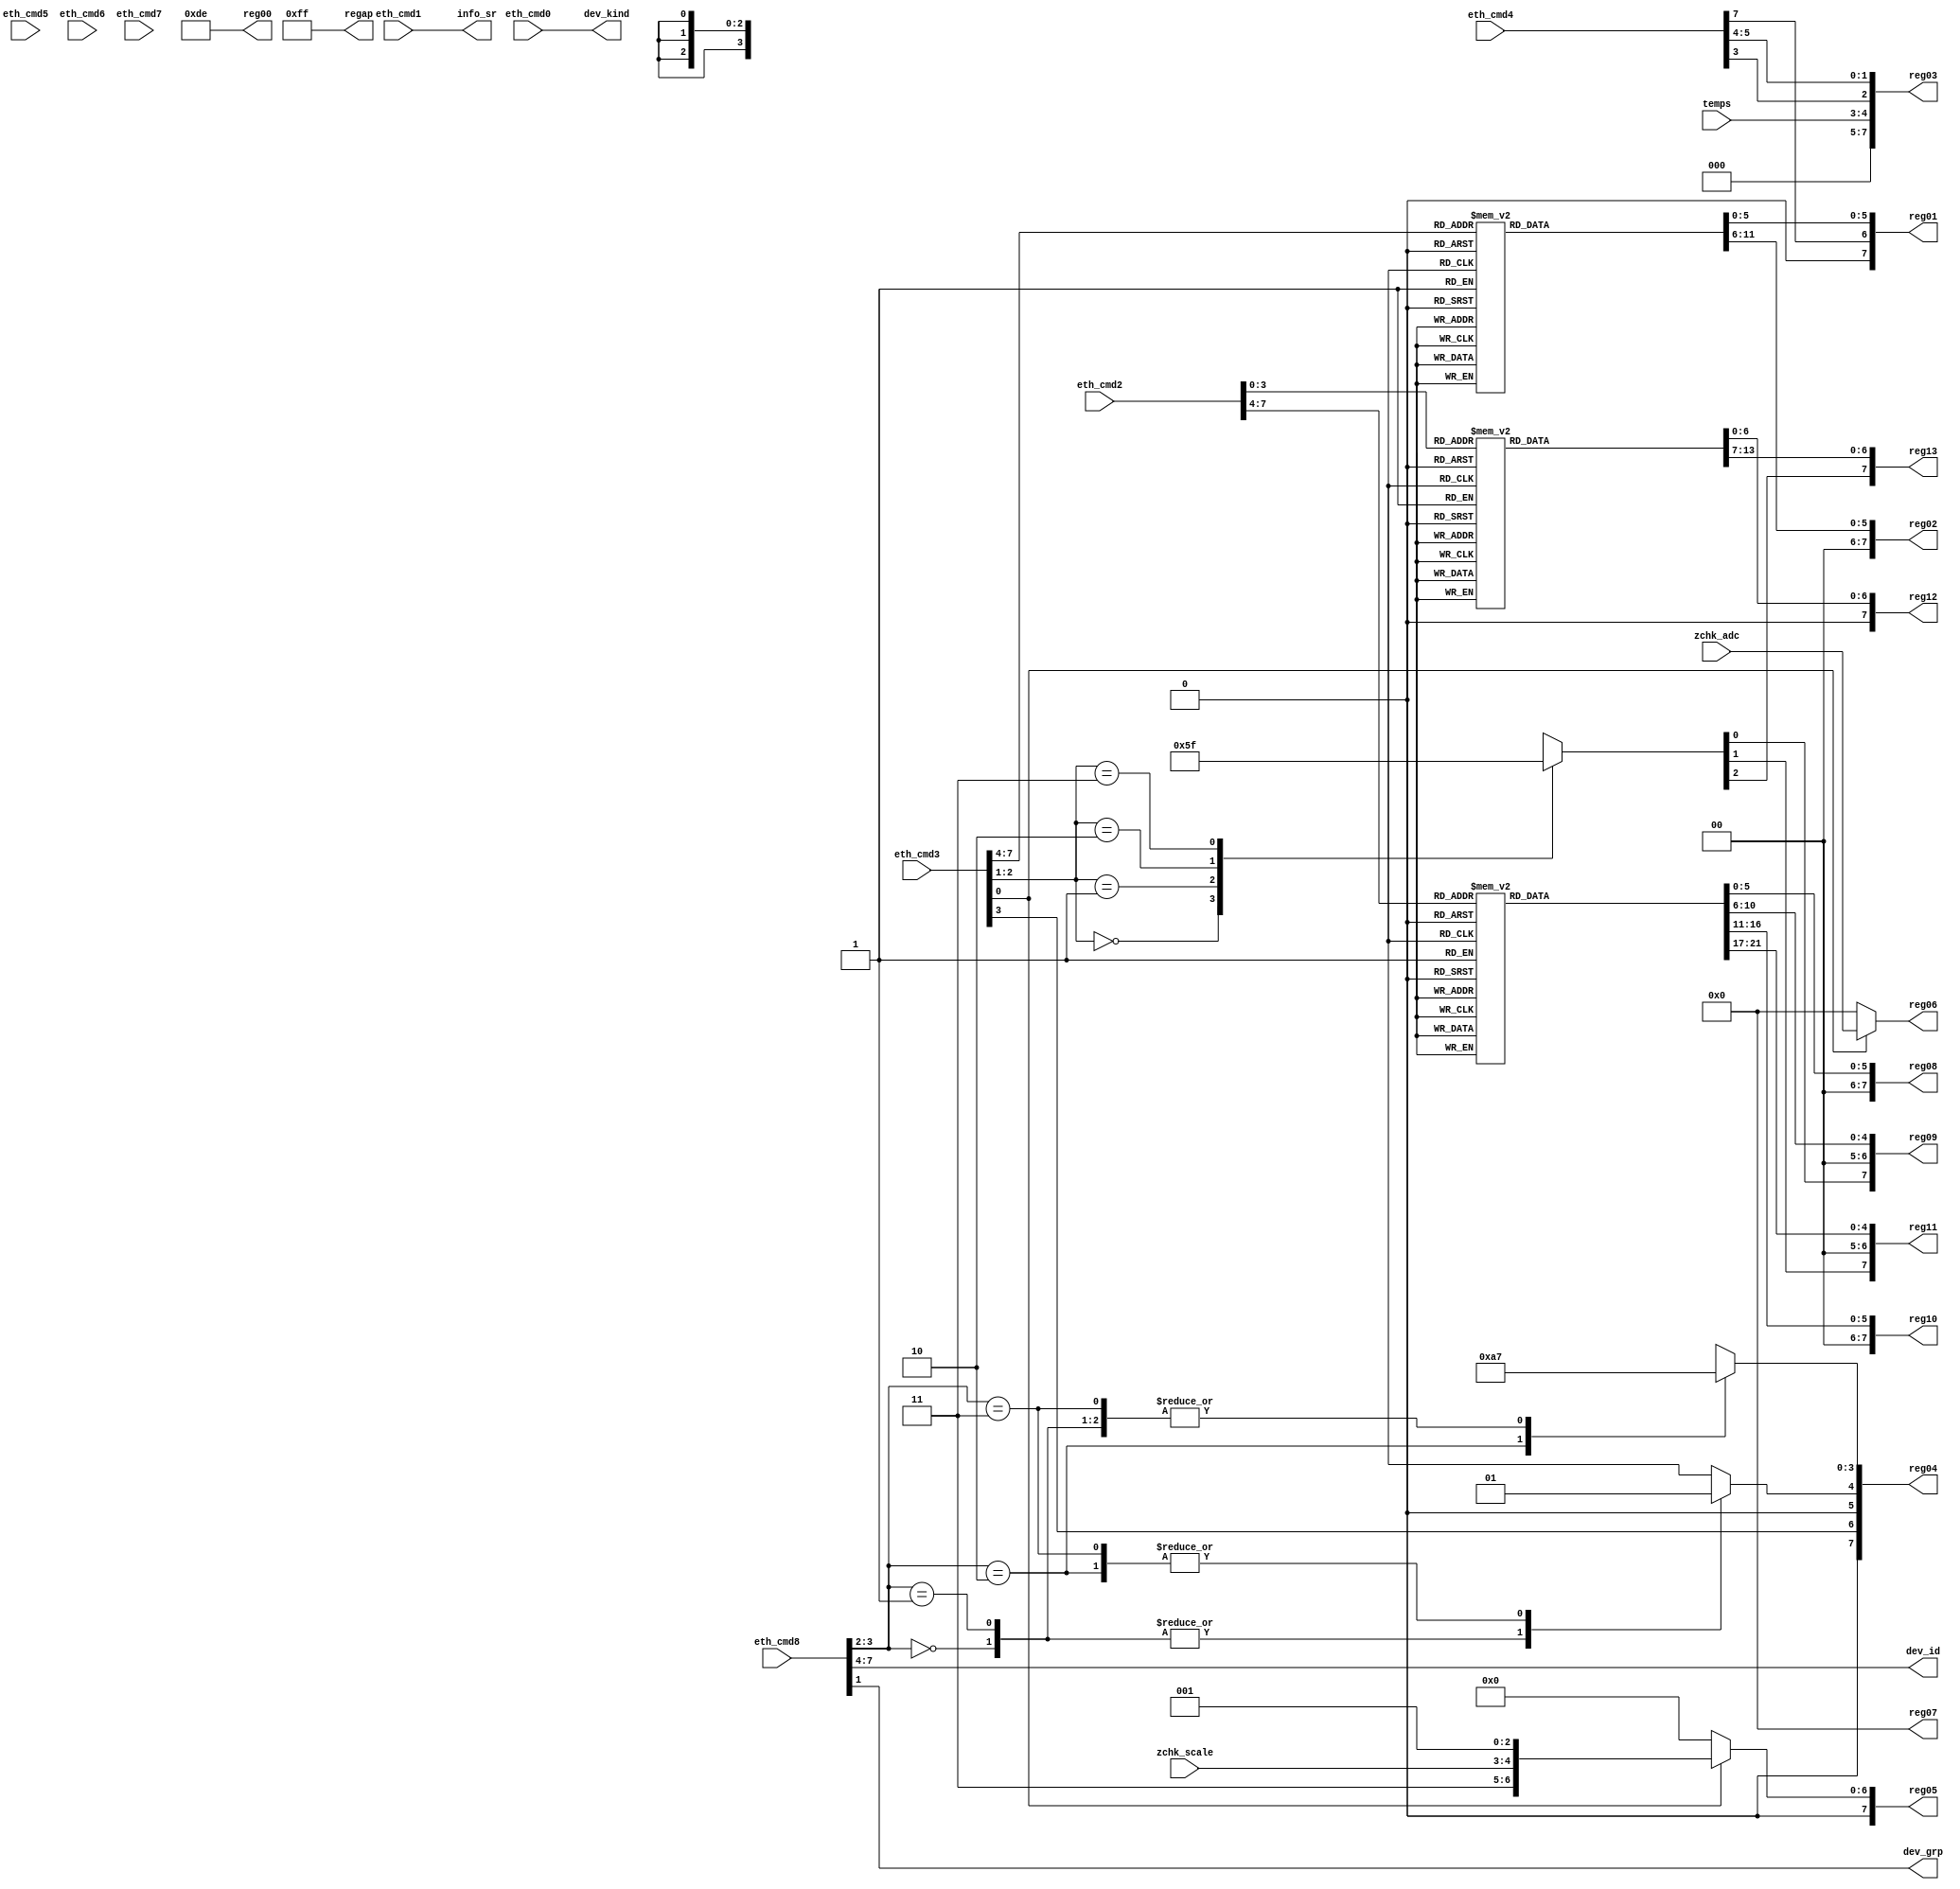
module cs_reg( // TEST_DONE
    input [7:0] eth_cmd0,
    input [7:0] eth_cmd1,
    input [7:0] eth_cmd2, // [7:4] UPPER_BW [3:0] LOWER_BW
    input [7:0] eth_cmd3, // [7:4] ADC_OPT  3 DataCode      [2:1] Din     0 T/N
    input [7:0] eth_cmd4, // 7 Power_Sensor [5:4] Dout      3 Temp_Sensor
    input [7:0] eth_cmd5,
    input [7:0] eth_cmd6,
    input [7:0] eth_cmd7,
    input [7:0] eth_cmd8, // [7:4] ID       [3:2] HP Filter 1 Grp

    input [1:0] temps,
    input [7:0] zchk_adc,
    input [1:0] zchk_scale,

    output [7:0] reg00,
    output [7:0] reg01,
    output [7:0] reg02,
    output [7:0] reg03,
    output [7:0] reg04,
    output [7:0] reg05,
    output [7:0] reg06,
    output [7:0] reg07,
    output [7:0] reg08,
    output [7:0] reg09,
    output [7:0] reg10,
    output [7:0] reg11,
    output [7:0] reg12,
    output [7:0] reg13,
    output [7:0] regap, // Individual Amplifier Power

    output [3:0] dev_id,
    output dev_grp,
    output [7:0] dev_kind, 
    output [7:0] info_sr
);
/*              7       6       5       4       3       2       1       0    
    eth_cmd0[     DEV0      ][     DEV1     ][     DEV2     ][     DEV3     ]
    eth_cmd1[                     SAMPLING FREQUENCY                        ]
    eth_cmd2[           UPPER_BW            ][          LOWER_BW            ]
    eth_cmd3[           ADC_OPT             ][D_CODE][      DIN     ][ T/N  ]
    eth_cmd4[POWER_S][   0  ][     DOUT     ][TEMP_S][  1   ][   0  ][   1  ]
    eth_cmd5[                           Z_CHECK0                            ]  
    eth_cmd6[                           Z_CHECK1                            ]  
    eth_cmd7[                           Z_CHECK2                            ]  
    eth_cmd8[           DEV_ID              ][  DSP_OFFSET  ][ GROUP][   1  ]

    UPPER_BW   REG8    REG9    REGA    REGB
    00: 100Hz    0x26    0x1A    0x05    0x1F
    01: 150Hz    0x2C    0x11    0x08    0x15
    02: 200Hz    0x18    0x0D    0x07    0x10
    03: 250Hz    0x2A    0x0A    0x05    0x0D
    04: 300Hz    0x06    0x09    0x02    0x0B
    05: 500Hz    0x1E    0x05    0x2B    0x06
    06: 750Hz    0x29    0x03    0x24    0x04
    07: 1.0kHz   0x2E    0x02    0x1E    0x03
    08: 1.5kHz   0x01    0x02    0x17    0x02
    09: 2.0kHz   0x1B    0x01    0x2C    0x01
    0A: 2.5kHz   0x0D    0x01    0x19    0x01
    0B: 3.0kHz   0x03    0x01    0x0D    0x01
    0C: 5.0kHz   0x21    0x00    0x25    0x00
    0D: 7.5kHz   0x16    0x00    0x17    0x00
    0E: 10kHz    0x11    0x00    0x10    0x00
    0F: 15kHz    0x0B    0x00    0x08    0x00

    LOWER_BW   REGC    REGD
    00: 0.25Hz   0x38    0x36
    01: 0.50Hz   0x23    0x11
    02: 1.0Hz    0x2C    0x06
    03: 2.0Hz    0x08    0x03
    04: 2.5Hz    0x2A    0x02
    05: 3.0Hz    0x14    0x02
    06: 5.0Hz    0x28    0x01
    07: 7.5Hz    0x12    0x01
    08: 10Hz     0x05    0x01
    09: 15Hz     0x3E    0x00
    0A: 20Hz     0x36    0x00
    0B: 50Hz     0x22    0x00
    0C: 100Hz    0x19    0x00
    0D: 200Hz    0x12    0x00
    0E: 300Hz    0x0F    0x00
    0F: 500Hz    0x0D    0x00

    ADC_OPT    ADCB    MUXB
    0: 120kS/s   0x20    0x28
    1: 140kS/s   0x10    0x28
    2: 175KS/s   0x08    0x28
    3: 220kS/s   0x08    0x20
    4: 280kS/s   0x08    0x1A
    5: 350kS/s   0x04    0x12
    6: 440kS/s   0x03    0x10
    7: 525kS/s   0x03    0x07
    8: 700kS/s   0x02    0x04

    DSP cutoff      DSP[3:0]
    0x              0x00
    10              0x0A
    11              0x07
*/  

    wire [3:0] upper_bw, lower_bw;
    wire [1:0] dout, dsp, din;
    wire vdden, tempen, zchken;
    wire dcode;
    wire [3:0] adc_opt;

    reg [2:0] adc_adin;

    reg [5:0] adc_bias, mux_bias;
    reg [5:0] rh1_dac1, rh2_dac1;
    reg [4:0] rh1_dac2, rh2_dac2;
    reg [6:0] rl_dac1, rl_dac2;

    reg dspen;
    reg [3:0] dspf;

    assign dev_kind = eth_cmd0;
    assign info_sr = eth_cmd1;
    
    assign upper_bw = eth_cmd2[7:4];
    assign lower_bw = eth_cmd2[3:0];
    assign adc_opt = eth_cmd3[7:4];
    assign dcode = eth_cmd3[3];
    assign din = eth_cmd3[2:1];
    assign zchken = eth_cmd3[0];
    assign vdden = eth_cmd4[7];
    assign dout = eth_cmd4[5:4];
    assign tempen = eth_cmd4[3];
    assign dev_id = eth_cmd8[7:4];
    assign dsp = eth_cmd8[3:2];
    assign dev_grp = eth_cmd8[1];

    always@(*) begin // ADC_BIAS & MUX_BIAS
        case(adc_opt)
            4'h0: begin
                adc_bias <= 6'h20;
                mux_bias <= 6'h28;
            end
            4'h1: begin
                adc_bias <= 6'h10;
                mux_bias <= 6'h28;
            end
            4'h2: begin
                adc_bias <= 6'h08;
                mux_bias <= 6'h28;
            end
            4'h3: begin
                adc_bias <= 6'h08;
                mux_bias <= 6'h20;
            end
            4'h4: begin
                adc_bias <= 6'h08;
                mux_bias <= 6'h1A;
            end
            4'h5: begin
                adc_bias <= 6'h04;
                mux_bias <= 6'h12;
            end
            4'h6: begin
                adc_bias <= 6'h03;
                mux_bias <= 6'h10;
            end
            4'h7: begin
                adc_bias <= 6'h03;
                mux_bias <= 6'h07;
            end
            4'h8: begin
                adc_bias <= 6'h02;
                mux_bias <= 6'h04;
            end
            default: begin
                adc_bias <= 6'h02;
                mux_bias <= 6'h04;
            end
        endcase
    end

    always@(*) begin // RH1_DAC1 & RH1_DAC2 & RH2_DAC1 & RH2_DAC2
        case(upper_bw) 
            4'h0: begin
                rh1_dac1 <= 6'h26;
                rh1_dac2 <= 5'h1A;
                rh2_dac1 <= 6'h05;
                rh2_dac2 <= 5'h1F;
            end
            4'h1: begin
                rh1_dac1 <= 6'h2C;
                rh1_dac2 <= 5'h11;
                rh2_dac1 <= 6'h08;
                rh2_dac2 <= 5'h15;
            end
            4'h2: begin
                rh1_dac1 <= 6'h18;
                rh1_dac2 <= 5'h0D;
                rh2_dac1 <= 6'h07;
                rh2_dac2 <= 5'h10;
            end
            4'h3: begin
                rh1_dac1 <= 6'h2A;
                rh1_dac2 <= 5'h0A;
                rh2_dac1 <= 6'h05;
                rh2_dac2 <= 5'h0D;
            end
            4'h4: begin
                rh1_dac1 <= 6'h06;
                rh1_dac2 <= 5'h09;
                rh2_dac1 <= 6'h02;
                rh2_dac2 <= 5'h0B;
            end
            4'h5: begin
                rh1_dac1 <= 6'h1E;
                rh1_dac2 <= 5'h05;
                rh2_dac1 <= 6'h2B;
                rh2_dac2 <= 5'h06;
            end
            4'h6: begin
                rh1_dac1 <= 6'h29;
                rh1_dac2 <= 5'h03;
                rh2_dac1 <= 6'h24;
                rh2_dac2 <= 5'h04;
            end
            4'h7: begin
                rh1_dac1 <= 6'h2E;
                rh1_dac2 <= 5'h02;
                rh2_dac1 <= 6'h1E;
                rh2_dac2 <= 5'h03;
            end
            4'h8: begin
                rh1_dac1 <= 6'h01;
                rh1_dac2 <= 5'h02;
                rh2_dac1 <= 6'h17;
                rh2_dac2 <= 5'h02;
            end
            4'h9: begin
                rh1_dac1 <= 6'h1B;
                rh1_dac2 <= 5'h01;
                rh2_dac1 <= 6'h2C;
                rh2_dac2 <= 5'h01;
            end
            4'hA: begin
                rh1_dac1 <= 6'h0D;
                rh1_dac2 <= 5'h01;
                rh2_dac1 <= 6'h19;
                rh2_dac2 <= 5'h01;
            end
            4'hB: begin
                rh1_dac1 <= 6'h03;
                rh1_dac2 <= 5'h01;
                rh2_dac1 <= 6'h0D;
                rh2_dac2 <= 5'h01;
            end
            4'hC: begin
                rh1_dac1 <= 6'h21;
                rh1_dac2 <= 5'h00;
                rh2_dac1 <= 6'h25;
                rh2_dac2 <= 5'h00;
            end
            4'hD: begin
                rh1_dac1 <= 6'h16;
                rh1_dac2 <= 5'h00;
                rh2_dac1 <= 6'h17;
                rh2_dac2 <= 5'h00;
            end
            4'hE: begin
                rh1_dac1 <= 6'h11;
                rh1_dac2 <= 5'h00;
                rh2_dac1 <= 6'h10;
                rh2_dac2 <= 5'h00;
            end
            4'hF: begin
                rh1_dac1 <= 6'h0B;
                rh1_dac2 <= 5'h00;
                rh2_dac1 <= 6'h08;
                rh2_dac2 <= 5'h00;
            end
            default: begin
                rh1_dac1 <= 6'h0B;
                rh1_dac2 <= 5'h00;
                rh2_dac1 <= 6'h08;
                rh2_dac2 <= 5'h00;
            end
        endcase
    end

    always@(*) begin // RL_DAC1 & RL_DAC2
        case(lower_bw)
            4'h0: begin
                rl_dac1 <= 7'h38;
                rl_dac2 <= 7'h36;
            end
            4'h1: begin
                rl_dac1 <= 7'h23;
                rl_dac2 <= 7'h11;
            end
            4'h2: begin
                rl_dac1 <= 7'h2C;
                rl_dac2 <= 7'h06;
            end
            4'h3: begin
                rl_dac1 <= 7'h08;
                rl_dac2 <= 7'h03;
            end
            4'h4: begin
                rl_dac1 <= 7'h2A;
                rl_dac2 <= 7'h02;
            end
            4'h5: begin
                rl_dac1 <= 7'h14;
                rl_dac2 <= 7'h02;
            end
            4'h6: begin
                rl_dac1 <= 7'h28;
                rl_dac2 <= 7'h01;
            end
            4'h7: begin
                rl_dac1 <= 7'h12;
                rl_dac2 <= 7'h01;
            end
            4'h8: begin
                rl_dac1 <= 7'h05;
                rl_dac2 <= 7'h01;
            end
            4'h9: begin
                rl_dac1 <= 7'h3E;
                rl_dac2 <= 7'h00;
            end
            4'hA: begin
                rl_dac1 <= 7'h36;
                rl_dac2 <= 7'h00;
            end
            4'hB: begin
                rl_dac1 <= 7'h22;
                rl_dac2 <= 7'h00;
            end
            4'hC: begin
                rl_dac1 <= 7'h19;
                rl_dac2 <= 7'h00;
            end
            4'hD: begin
                rl_dac1 <= 7'h12;
                rl_dac2 <= 7'h00;
            end
            4'hE: begin
                rl_dac1 <= 7'h0F;
                rl_dac2 <= 7'h00;
            end
            4'hF: begin
                rl_dac1 <= 7'h0D;
                rl_dac2 <= 7'h00;
            end
        endcase
    end

    always@(*) begin // DSPen & DSP cutoff freq
        case(dsp)
            2'b00: begin
                dspen <= 1'b0;
                dspf <= 4'h7;
            end
            2'b01: begin
                dspen <= 1'b0;
                dspf <= 4'h7;
            end
            2'b10: begin
                dspen <= 1'b1;
                dspf <= 4'hA;
            end
            2'b11: begin
                dspen <= 1'b1;
                dspf <= 4'h7;
            end
            default: begin
                dspen <= 1'b0;
                dspf <= 4'h7;                
            end
        endcase
    end

    always@(*) begin // ADC_ADIN
        case(din) 
            2'b00: adc_adin <= 3'b000;
            2'b01: adc_adin <= 3'b001;
            2'b10: adc_adin <= 3'b011;
            2'b11: adc_adin <= 3'b111;
            default: adc_adin <= 3'b000;
        endcase
    end

    assign reg00 = 8'b11011110;
    assign reg01 = {1'b0, vdden, adc_bias};
    assign reg02 = {2'b00, mux_bias};
    assign reg03 = {3'b000, temps, tempen, dout};
    assign reg04 = {1'b0, dcode, 1'b0, dspen, dspf};

    assign reg05 = zchken ?{3'b011, zchk_scale, 3'b001} :8'h00;
    assign reg06 = zchken ?zchk_adc :8'h00;
    assign reg07 = zchken ?8'h00 :8'h00;

    assign reg08 = {2'b00, rh1_dac1};
    assign reg09 = {adc_adin[0], 2'b00, rh1_dac2};
    assign reg10 = {2'b00, rh2_dac1};
    assign reg11 = {adc_adin[1], 2'b00, rh2_dac2};
    assign reg12 = {1'b0, rl_dac1};
    assign reg13 = {adc_adin[2], rl_dac2};
    assign regap = 8'b1111_1111;
    assign dev_id = eth_cmd8[7:4];
    assign dev_grp = eth_cmd8[1];

endmodule